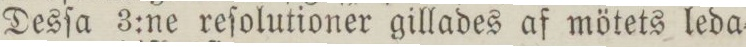
Desſa 3:ne reſolutioner gillades af mötets leda=